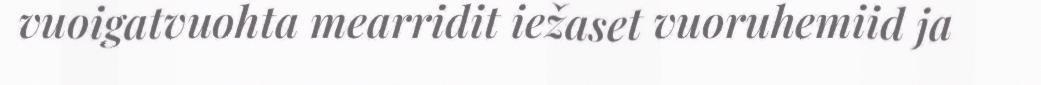
vuoigatvuohta mearridit iežaset vuoruhemiid ja